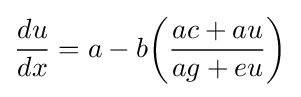
{\frac {du}{dx}}=a-b{\bigg (}{\frac {ac+au}{ag+eu}}{\bigg )}